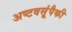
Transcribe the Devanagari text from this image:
अष्टवसूंपैकी